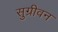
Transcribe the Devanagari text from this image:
सुग्रीवन